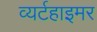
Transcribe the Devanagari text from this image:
व्यर्टहाइमर